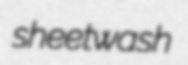
sheetwash